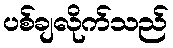
ပစ်ချလိုက်သည်